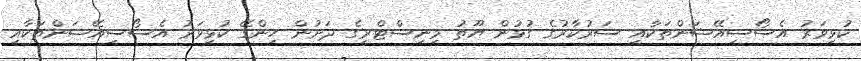
ކުޅިވަރު އެސޯސިއޭޝަންތަކާއި ސަރުކާރުގެ ގުޅުން ޔޫތު މިނިސްޓްރީގެ ދަށުން ހިންގޭ ކުޅިވަރު އެސޯސިއޭޝަންތަކާއި